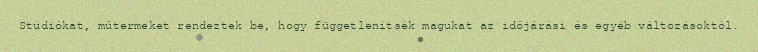
Stúdiókat, műtermeket rendeztek be, hogy függetlenítsék magukat az időjárási és egyéb változásoktól.